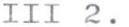
III 2.